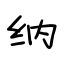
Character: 纳